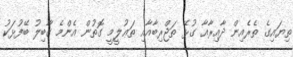
ތިޔައިގެ ތެރެއިން ދާއިރާއާ ގުޅޭ ތަޖްރިބާއާއި ތަޢުލީމީ ގޮތުން އެންމެ ގާބިލު ބޭފުޅަކު